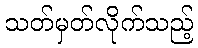
သတ်မှတ်လိုက်သည့်